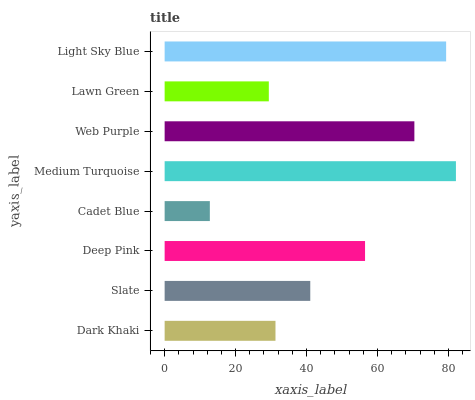
| yaxis_label | bars |
 | --- | --- |
 | Dark Khaki | 31.2 |
 | Slate | 41.1 |
 | Deep Pink | 56.5 |
 | Cadet Blue | 12.7 |
 | Medium Turquoise | 82.1 |
 | Web Purple | 70.4 |
 | Lawn Green | 29.4 |
 | Light Sky Blue | 79.3 |